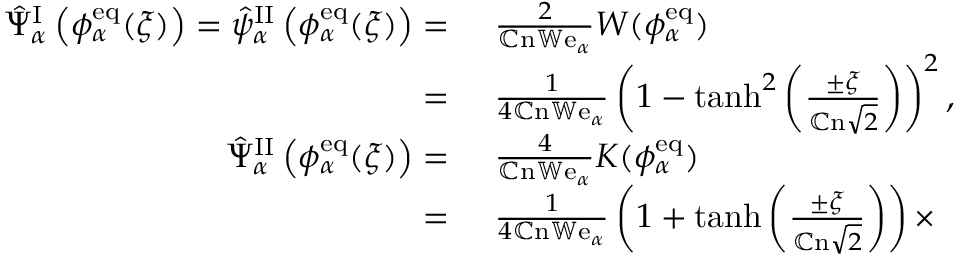
\begin{array} { r l } { \hat { \Psi } _ { \alpha } ^ { \mathrm { I } } \left( \phi _ { \alpha } ^ { \mathrm { e q } } ( \xi ) \right) = \hat { \psi } _ { \alpha } ^ { \mathrm { I I } } \left( \phi _ { \alpha } ^ { \mathrm { e q } } ( \xi ) \right) = } & { { } ~ \frac { 2 } { \mathbb { C } \mathrm { n } \mathbb { W } \mathrm { e } _ { \alpha } } W ( \phi _ { \alpha } ^ { \mathrm { e q } } ) } \\ { = } & { { } ~ \frac { 1 } { 4 \mathbb { C } \mathrm { n } \mathbb { W } \mathrm { e } _ { \alpha } } \left( 1 - \operatorname { t a n h } ^ { 2 } \left( \frac { \pm \xi } { \mathbb { C } \mathrm { n } \sqrt { 2 } } \right) \right) ^ { 2 } , } \\ { \hat { \Psi } _ { \alpha } ^ { \mathrm { I I } } \left( \phi _ { \alpha } ^ { \mathrm { e q } } ( \xi ) \right) = } & { { } ~ \frac { 4 } { \mathbb { C } \mathrm { n } \mathbb { W } \mathrm { e } _ { \alpha } } K ( \phi _ { \alpha } ^ { \mathrm { e q } } ) } \\ { = } & { { } ~ \frac { 1 } { 4 \mathbb { C } \mathrm { n } \mathbb { W } \mathrm { e } _ { \alpha } } \left( 1 + \operatorname { t a n h } \left( \frac { \pm \xi } { \mathbb { C } \mathrm { n } \sqrt { 2 } } \right) \right) \times } \end{array}